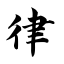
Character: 律